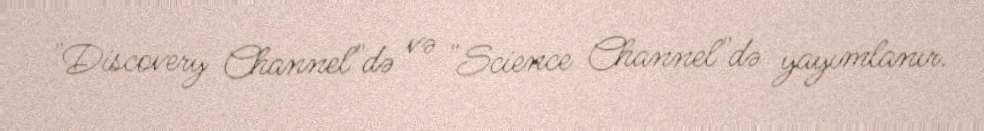
"Discovery Channel"də və "Science Channel"də yayımlanır.